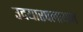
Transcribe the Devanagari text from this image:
उदयारपलायम